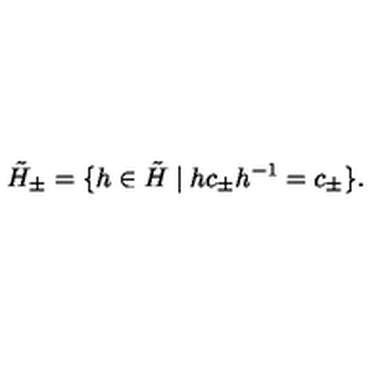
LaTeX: \tilde { H } _ { \pm } = \{ h \in \tilde { H } \mid h c _ { \pm } h ^ { - 1 } = c _ { \pm } \} .